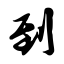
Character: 到